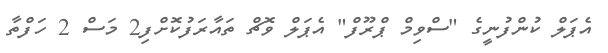
އެޕަލް ކުންފުނީގެ "ސްވިމް ޕްރޫފް" އެޕަލް ވޮޗް ތައާރަފުކޮށްފި2 މަސް 2 ހަފްތާ